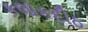
કલાકદીઠ